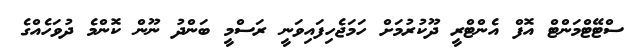
ސްޓޭޓްމަންޓް އޮފް އެންޓްރީ ދޫކުރުމަށް ހަމަޖެހިފައިވަނީ ރަސްމީ ބަންދު ނޫން ކޮންމެ ދުވަހެއްގެ